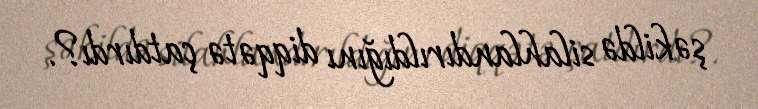
şəkildə silahlandırıldığını diqqətə çatdırdı?.